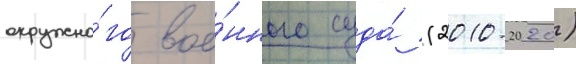
окружно́го вое́нного суда́ (2010-2020)